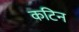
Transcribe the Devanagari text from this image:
कटिन